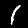
Digit: 1